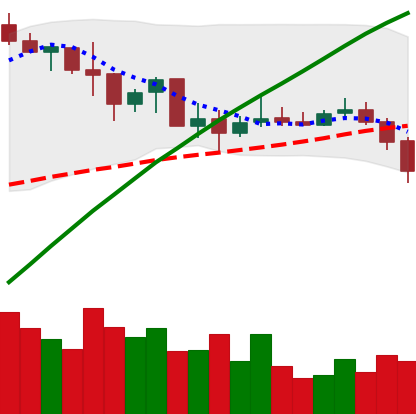
Ticker: BNB-USD
Chart end date: 2019-07-11
Forward return: -13.889%
Label: down_7plus